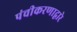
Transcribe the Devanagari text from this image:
पंचीकरणाद्वारे